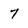
Character: 7